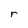
Character: r